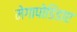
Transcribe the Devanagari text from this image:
मेगापोडिडाए